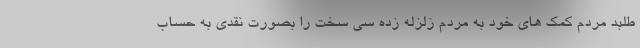
طلبد مردم کمک های خود به مردم زلزله زده سی سخت را بصورت نقدی به حساب